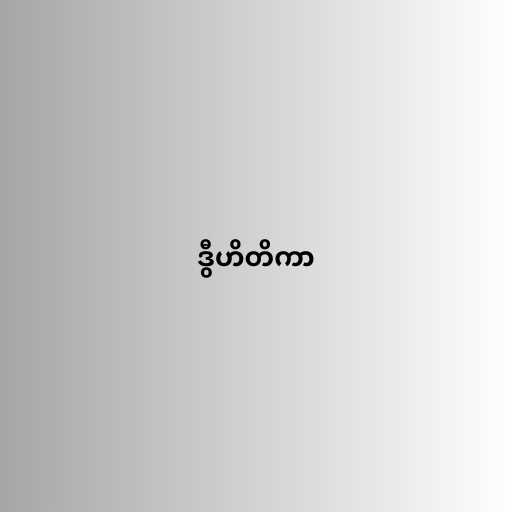
ဒွီဟိတိကာ